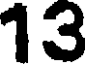
13